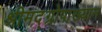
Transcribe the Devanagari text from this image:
श्रीमद्‌ग्रोपाख्यान